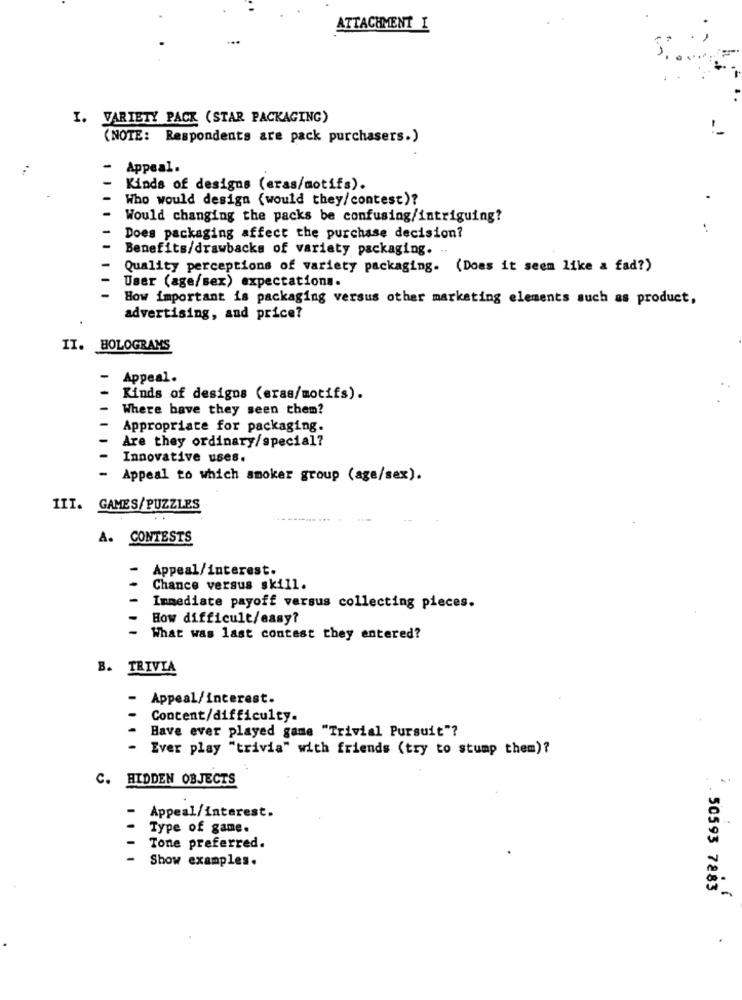
ATTACHMENT I
I. VARIETY PACK (STAR PACKAGING)
(NOTE: Respondents are pack purchasers.)
. .
Appeal.
Kinds of designs (eras/motifs).
Who would design (would they/contest)?
Would changing the packs be confusing/intriguing?
Does packaging affect the purchase decision?
Benefits/drawbacks of variety packaging.
Quality perceptions of variety packaging. (Does it seem like a fad?)
User (age/sex) expectations.
How important is packaging versus other marketing elements such as product,
advertising, and price?
II. HOLOGRAMS
Appeal.
Kinds of designs (eras/motifs).
Where bave they seen them?
Appropriate for packaging.
Are they ordinary/special?
Innovative uses.
- Appeal to which smoker group (age/sex).
III. GAMES/PUZZLES
A. CONTESTS
Appeal/interest.
Chance versus skill.
Immediate payoff versus collecting pieces.
How difficult/easy?
What was last contest they entered?
B. TRIVIA
Appeal/interest.
Content/difficulty.
Have ever played game "Trivial Pursuit"?
- Ever play "trivia" with friends (try to stump them)?
C. HIDDEN OBJECTS
Appeal/interest.
Type of game.
Tone preferred.
Show examples.
50593 7883